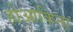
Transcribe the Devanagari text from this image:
होआकिना